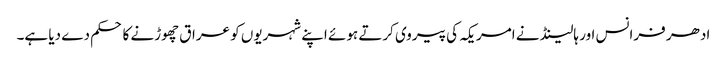
ادھر فرانس اور ہالینڈ نے امریکہ کی پیروی کرتے ہوئے اپنے شہریوں کو عراق چھوڑنے کا حکم دے دیا ہے۔